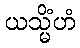
ယသ္မိံဟံ